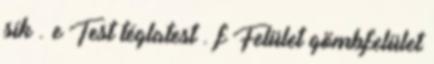
sík . e Test téglatest . f Felület gömbfelület